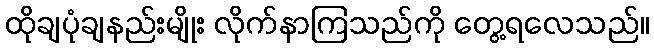
ထိုချပုံချနည်းမျိုး လိုက်နာကြသည်ကို တွေ့ရလေသည်။